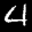
Label: 4